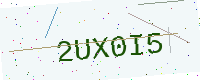
Text: 2UX0I5